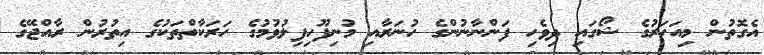
އެގޮތުން މިއަހަރުގެ ޝޯގައި ދިވެހި ފަންނާނުންގެ ހުނަރާއި މުނިފޫހިފިލުވުމުގެ ހަރަކާތްތަކުގެ އިތުރުން ރާއްޖޭގެ